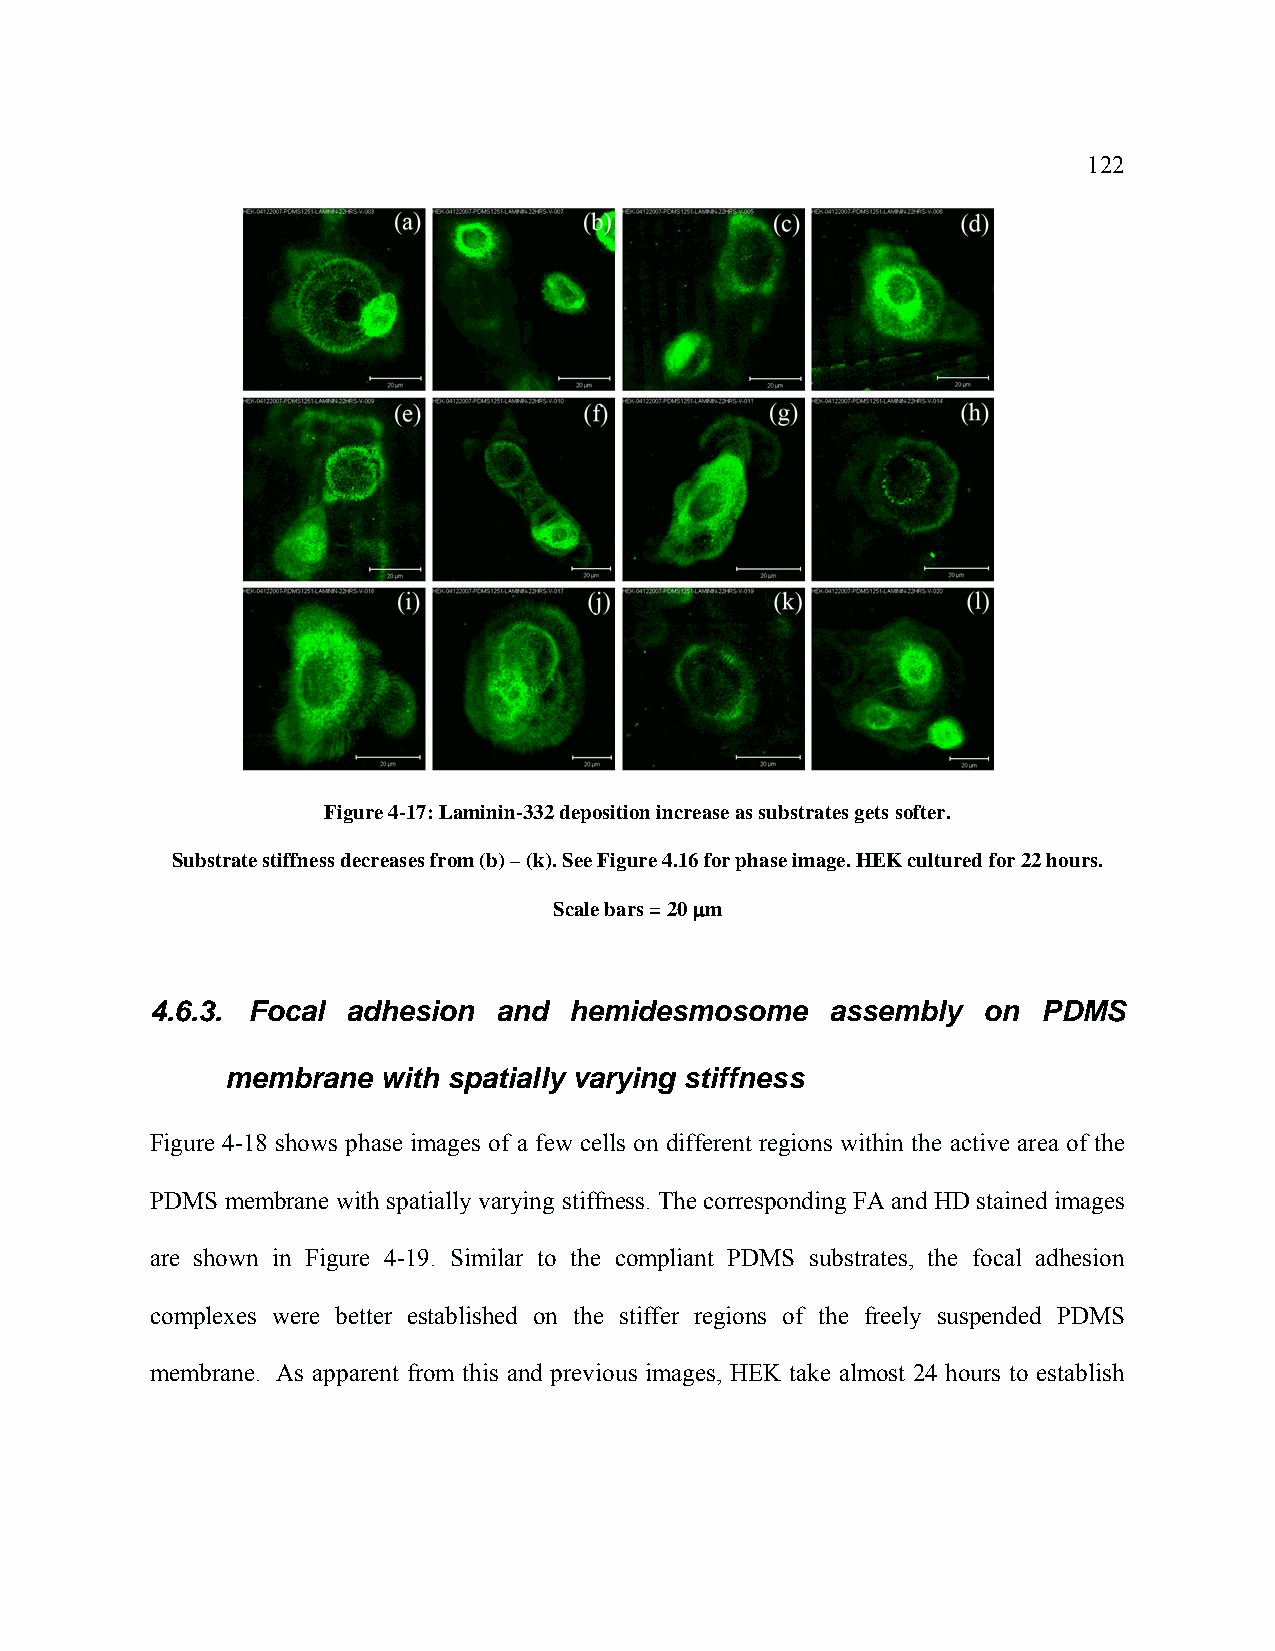
122
 Figure 4-17: Laminin-332 deposition increase as substrates gets softer.
 Substrate stiffness decreases from (b) – (k). See Figure 4.16 for phase image. HEK cultured for 22 hours.
 Scale bars = 20 μm
 4.6.3. Focal adhesion  and  hemidesmosome    assembly  on  PDMS
 membrane  with spatially varying stiffness
 Figure 4-18 shows phase images of a few cells on different regions within the active area of the
 PDMS membrane with spatially varying stiffness. The corresponding FA and HD stained images
 are shown in Figure 4-19. Similar to the compliant PDMS substrates, the focal adhesion
 complexes were better established on the stiffer regions of the freely suspended PDMS
 membrane. As apparent from this and previous images, HEK take almost 24 hours to establish